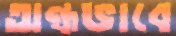
অন্ধভাবে